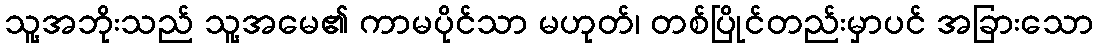
သူ့အဘိုးသည် သူ့အမေ၏ ကာမပိုင်သာ မဟုတ်၊ တစ်ပြိုင်တည်းမှာပင် အခြားသော